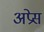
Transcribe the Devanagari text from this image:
अप्रेस